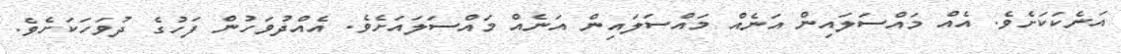
އަނެކަކަށެވެ. އެއް މައްސަލައިން އަނެއް މައްސަލައިން އަނެއް މައްސަލައަށެވެ. އެއްދުވަހުން ފަހުގެ ދުވަހަކަށެވެ.